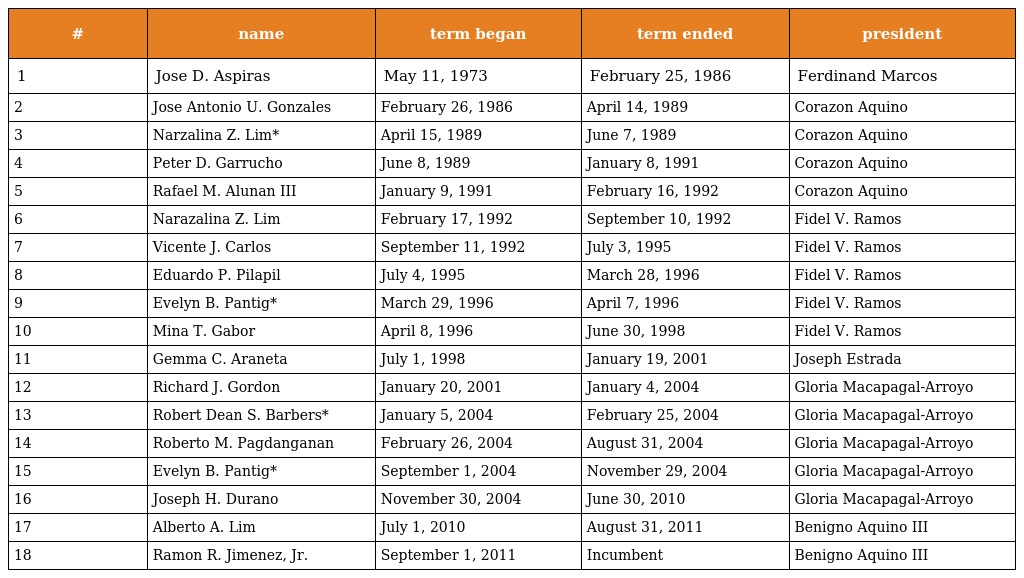
| # | name | term began | term ended | president |
 | --- | --- | --- | --- | --- |
 | 1 | Jose D. Aspiras | May 11, 1973 | February 25, 1986 | Ferdinand Marcos |
 | 2 | Jose Antonio U. Gonzales | February 26, 1986 | April 14, 1989 | Corazon Aquino |
 | 3 | Narzalina Z. Lim* | April 15, 1989 | June 7, 1989 | Corazon Aquino |
 | 4 | Peter D. Garrucho | June 8, 1989 | January 8, 1991 | Corazon Aquino |
 | 5 | Rafael M. Alunan III | January 9, 1991 | February 16, 1992 | Corazon Aquino |
 | 6 | Narazalina Z. Lim | February 17, 1992 | September 10, 1992 | Fidel V. Ramos |
 | 7 | Vicente J. Carlos | September 11, 1992 | July 3, 1995 | Fidel V. Ramos |
 | 8 | Eduardo P. Pilapil | July 4, 1995 | March 28, 1996 | Fidel V. Ramos |
 | 9 | Evelyn B. Pantig* | March 29, 1996 | April 7, 1996 | Fidel V. Ramos |
 | 10 | Mina T. Gabor | April 8, 1996 | June 30, 1998 | Fidel V. Ramos |
 | 11 | Gemma C. Araneta | July 1, 1998 | January 19, 2001 | Joseph Estrada |
 | 12 | Richard J. Gordon | January 20, 2001 | January 4, 2004 | Gloria Macapagal-Arroyo |
 | 13 | Robert Dean S. Barbers* | January 5, 2004 | February 25, 2004 | Gloria Macapagal-Arroyo |
 | 14 | Roberto M. Pagdanganan | February 26, 2004 | August 31, 2004 | Gloria Macapagal-Arroyo |
 | 15 | Evelyn B. Pantig* | September 1, 2004 | November 29, 2004 | Gloria Macapagal-Arroyo |
 | 16 | Joseph H. Durano | November 30, 2004 | June 30, 2010 | Gloria Macapagal-Arroyo |
 | 17 | Alberto A. Lim | July 1, 2010 | August 31, 2011 | Benigno Aquino III |
 | 18 | Ramon R. Jimenez, Jr. | September 1, 2011 | Incumbent | Benigno Aquino III |